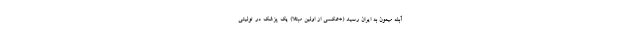
آبله میمون به ایران رسید (+عکسی از اولین مبتلا) یک پزشک در توئیتی